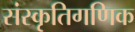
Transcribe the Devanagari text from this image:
संस्कृतिगणिक